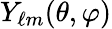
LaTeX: Y_{\ell m}(\theta,\varphi)